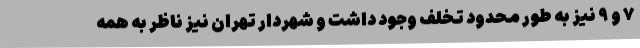
۷ و ۹ نیز به طور محدود تخلف وجود داشت و شهردار تهران نیز ناظر به همه